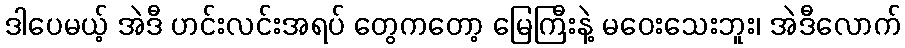
ဒါပေမယ့် အဲဒီ ဟင်းလင်းအရပ် တွေကတော့ မြေကြီးနဲ့ မဝေးသေးဘူး၊ အဲဒီလောက်